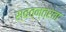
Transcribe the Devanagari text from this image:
स्वत्न्त्रता